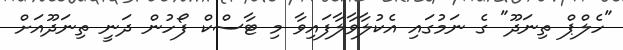
"ހެލްޕް ތިނަދޫ" ގެ ނަމުގައި އެކުލާވާލާފައިވާ މި ޓާސްކް ފޯހުން ދަނީ ތިނަދޫއަށް